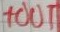
Text: +OUT